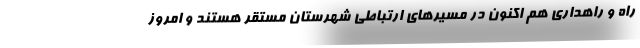
راه و راهداری هم اکنون در مسیرهای ارتباطی شهرستان مستقر هستند و امروز